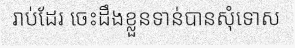
រាប់ដែរ ចេះដឹងខ្លួនទាន់បានសុំទោស